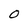
Character: 0